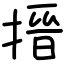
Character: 搢